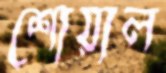
শোয়াল